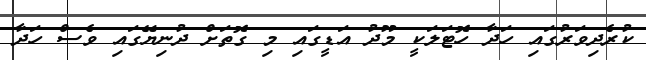
ކުރެދިވަރުގައި ހަދާ ހޮޓަލަކީ މޫދު އަޑީގައި މި ގޮތަށް ދުނިޔޭގައި ވެސް ހަދާ